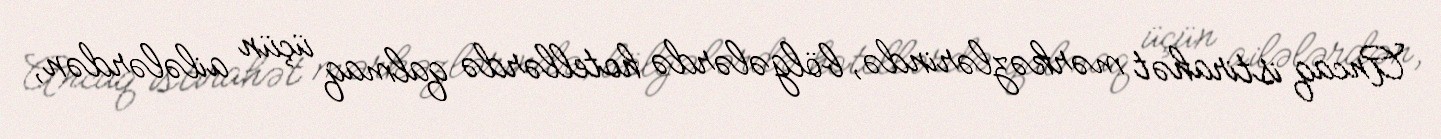
Ancaq istirahət mərkəzlərində, bölgələrdə hotellərdə qalmaq üçün ailələrdən,